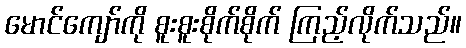
မောင်ကျော်ကို စူးစူးစိုက်စိုက် ကြည့်လိုက်သည်။